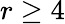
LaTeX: r\ge 4